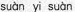
suàn yǐ suàn